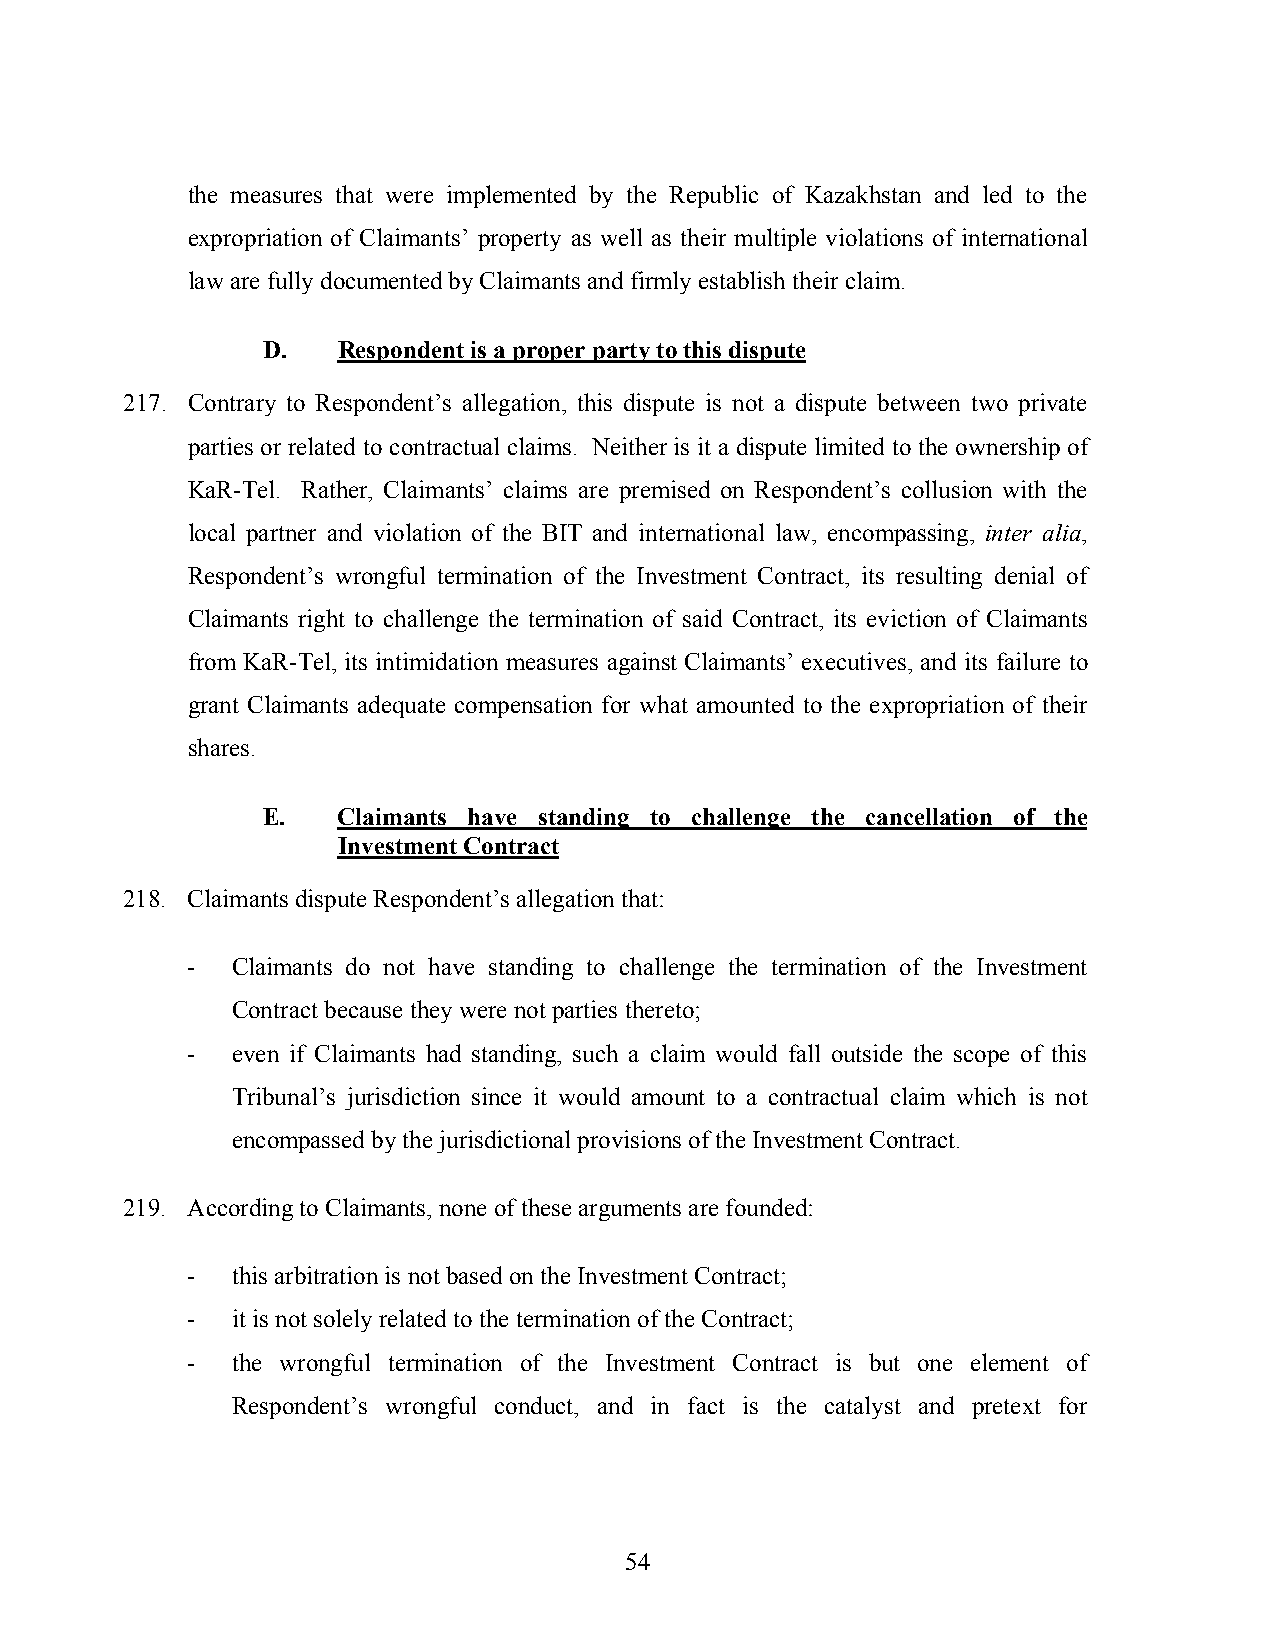
the measures that were implemented by the Republic of Kazakhstan and led to the
 expropriation of Claimants’ property as well as their multiple violations of international
 law are fully documented by Claimants and firmly establish their claim.
 D.   Respondent is a proper party to this dispute
 217. Contrary to Respondent’s allegation, this dispute is not a dispute between two private
 parties or related to contractual claims. Neither is it a dispute limited to the ownership of
 KaR-Tel. Rather, Claimants’ claims are premised on Respondent’s collusion with the
 local partner and violation of the BIT and international law, encompassing, inter alia,
 Respondent’s wrongful termination of the Investment Contract, its resulting denial of
 Claimants right to challenge the termination of said Contract, its eviction of Claimants
 from KaR-Tel, its intimidation measures against Claimants’ executives, and its failure to
 grant Claimants adequate compensation for what amounted to the expropriation of their
 shares.
 E.   Claimants have standing to challenge the cancellation of the
 Investment Contract
 218. Claimants dispute Respondent’s allegation that:
 -  Claimants do not have standing to challenge the termination of the Investment
 Contract because they were not parties thereto;
 -  even if Claimants had standing, such a claim would fall outside the scope of this
 Tribunal’s jurisdiction since it would amount to a contractual claim which is not
 encompassed by the jurisdictional provisions of the Investment Contract.
 219. According to Claimants, none of these arguments are founded:
 -  this arbitration is not based on the Investment Contract;
 -  it is not solely related to the termination of the Contract;
 -  the wrongful termination of the Investment Contract is but one element of
 Respondent’s wrongful conduct, and in fact is the catalyst and pretext for
 54